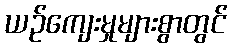
ယဉ်ကျေးမှုများစွာတွင်